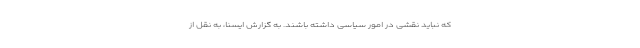
که نباید نقشی در امور سیاسی داشته باشند. به گزارش ایسنا، به نقل از